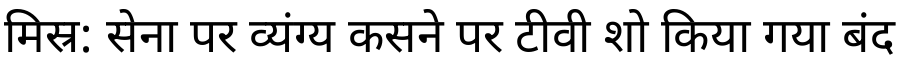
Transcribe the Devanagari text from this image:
मिस्र: सेना पर व्यंग्य कसने पर टीवी शो किया गया बंद